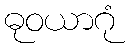
ဓုဝယာဂုံ